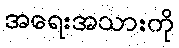
အရေးအသားကို